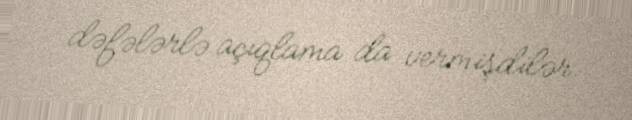
dəfələrlə açıqlama da vermişdilər.